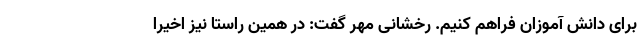
برای دانش آموزان فراهم کنیم. رخشانی مهر گفت: در همین راستا نیز اخیرا